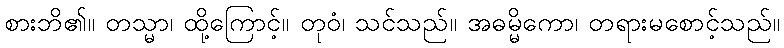
စားဘိ၏။ တသ္မာ၊ ထို့ကြောင့်။ တုဝံ၊ သင်သည်။ အဓမ္မိကော၊ တရားမစောင့်သည်။